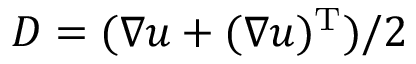
\boldsymbol { D } = ( \nabla \boldsymbol { u } + ( \nabla \boldsymbol { u } ) ^ { \mathrm { T } } ) / 2